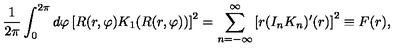
{ \frac { 1 } { 2 \pi } } \int _ { 0 } ^ { 2 \pi } d \varphi \left[ R ( r , \varphi ) K _ { 1 } ( R ( r , \varphi ) ) \right] ^ { 2 } = \sum _ { n = - \infty } ^ { \infty } \left[ r ( I _ { n } K _ { n } ) ^ { \prime } ( r ) \right] ^ { 2 } \equiv F ( r ) ,